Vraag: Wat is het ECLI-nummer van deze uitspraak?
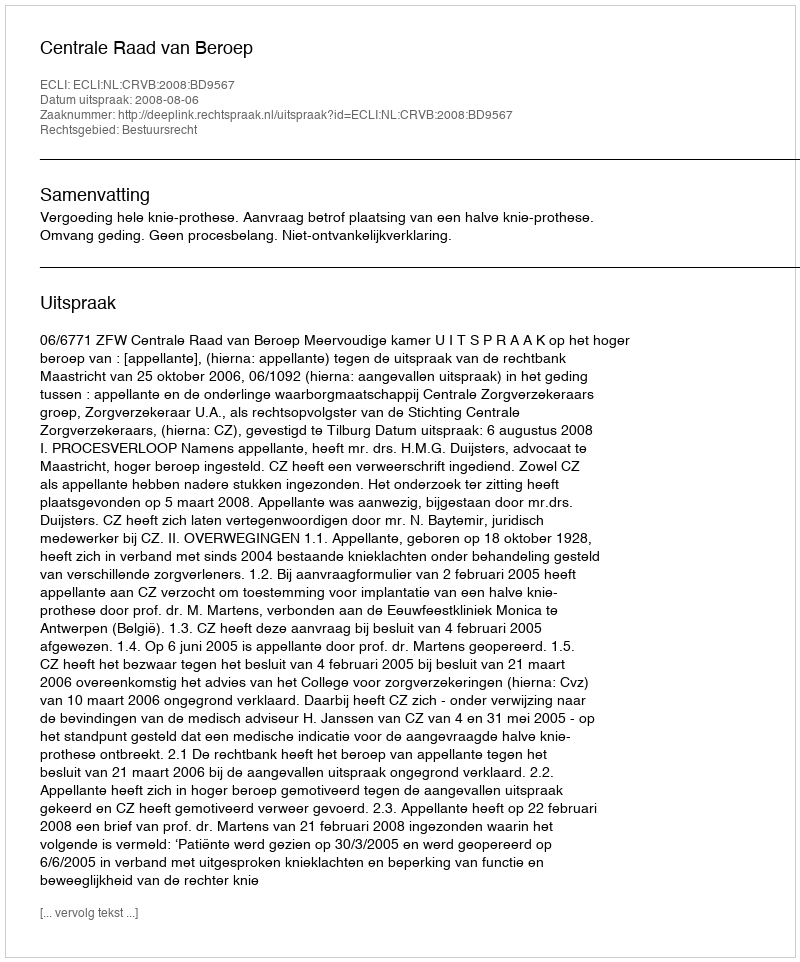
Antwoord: ECLI:NL:CRVB:2008:BD9567